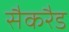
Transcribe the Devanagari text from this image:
सैकरैड